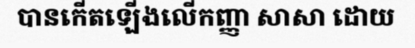
បានកើតឡើងលើកញ្ញា សាសា ដោយ